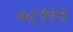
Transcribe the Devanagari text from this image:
०८१९२